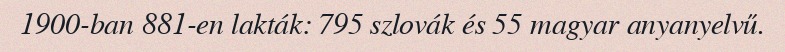
1900-ban 881-en lakták: 795 szlovák és 55 magyar anyanyelvű.